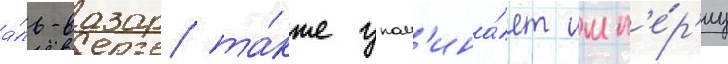
а́ль-вазар та́кже упом'ина́ет имп'е́р'иу